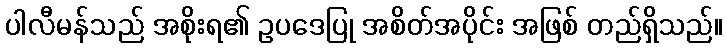
ပါလီမန်သည် အစိုးရ၏ ဥပဒေပြု အစိတ်အပိုင်း အဖြစ် တည်ရှိသည်။